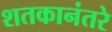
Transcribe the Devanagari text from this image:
शतकानंतरे